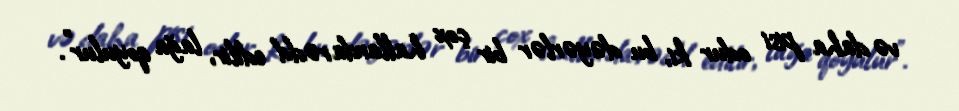
və daha pisi odur ki, bu dəyərlər bir çox hallarda rədd edilir, lağa qoyulur”.